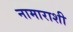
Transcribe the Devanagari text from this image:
नामाराशी